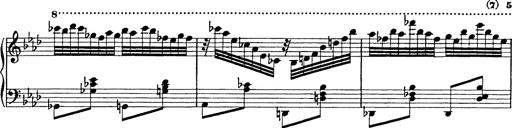
Title: 8 Variations
Composer: Franz Liszt
Key: A-flat major